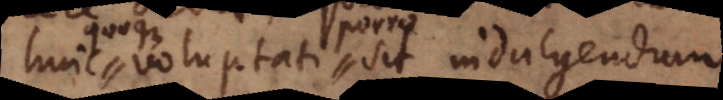
huic voluptati sit indulgendum.